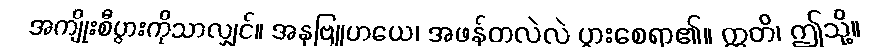
အကျိုးစီပွားကိုသာလျှင်။ အနုဗြူဟယေ၊ အဖန်တလဲလဲ ပွားစေရာ၏။ ဣတိ၊ ဤသို့။